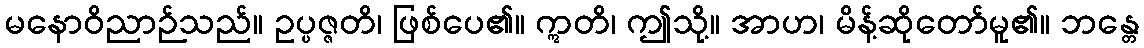
မနောဝိညာဉ်သည်။ ဥပ္ပဇ္ဇတိ၊ ဖြစ်ပေ၏။ ဣတိ၊ ဤသို့။ အာဟ၊ မိန့်ဆိုတော်မူ၏။ ဘန္တေ